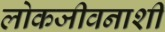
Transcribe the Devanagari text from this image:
लोकजीवनाशी